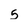
Character: 5